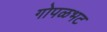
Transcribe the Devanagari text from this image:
गोपळभट